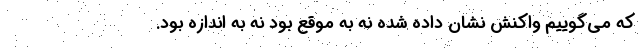
که می‌گوییم واکنش نشان داده شده نه به موقع بود نه به اندازه بود.